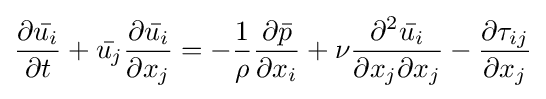
{\frac {\partial {\bar {u_{i}}}}{\partial t}}+{\bar {u_{j}}}{\frac {\partial {\bar {u_{i}}}}{\partial x_{j}}}=-{\frac {1}{\rho }}{\frac {\partial {\bar {p}}}{\partial x_{i}}}+\nu {\frac {\partial ^{2}{\bar {u_{i}}}}{\partial x_{j}\partial x_{j}}}-{\frac {\partial \tau _{ij}}{\partial x_{j}}}